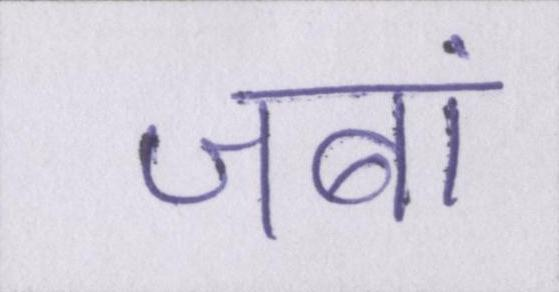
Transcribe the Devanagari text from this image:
जबां